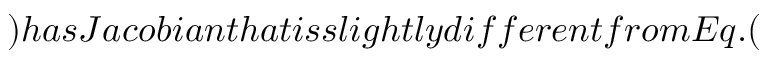
) h a s J a c o b i a n t h a t i s s l i g h t l y d i f f e r e n t f r o m E q . (